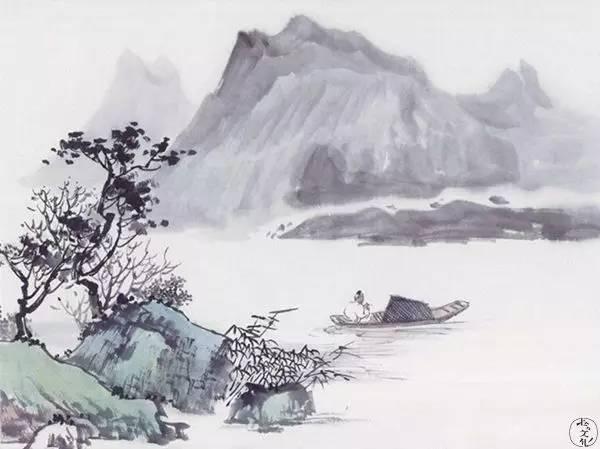
江湖多风波，舟楫恐失坠。